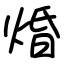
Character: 焝